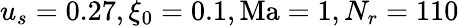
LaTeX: u_{s}=0.27,\xi_{0}=0.1,\mathrm{Ma}=1,N_{r}=110